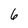
Character: 6